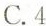
C.4